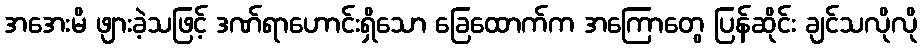
အအေးမိ ဖျားခဲ့သဖြင့် ဒဏ်ရာဟောင်းရှိသော ခြေထောက်က အကြောတွေ ပြန်ဆိုင်း ချင်သလိုလို